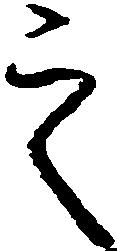
之